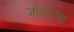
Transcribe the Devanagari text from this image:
जोस्टेन्स